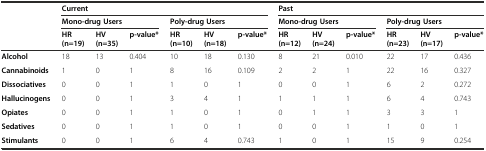
<table><thead><tr><td></td><td colspan="6"><b>Current</b></td><td colspan="6"><b>Past</b></td></tr><tr><td></td><td colspan="3"><b>Mono-drug Users</b></td><td colspan="3"><b>Poly-drug Users</b></td><td colspan="3"><b>Mono-drug Users</b></td><td colspan="3"><b>Poly-drug Users</b></td></tr><tr><td></td><td><b>HR (n=19)</b></td><td><b>HV (n=35)</b></td><td><b>p-value*</b></td><td><b>HR (n=10)</b></td><td><b>HV (n=18)</b></td><td><b>p-value*</b></td><td><b>HR (n=12)</b></td><td><b>HV (n=24)</b></td><td><b>p-value*</b></td><td><b>HR (n=23)</b></td><td><b>HV (n=17)</b></td><td><b>p-value*</b></td></tr></thead><tbody><tr><td><b>Alcohol</b></td><td>18</td><td>13</td><td>0.404</td><td>10</td><td>18</td><td>0.130</td><td>8</td><td>21</td><td>0.010</td><td>22</td><td>17</td><td>0.436</td></tr><tr><td><b>Cannabinoids</b></td><td>1</td><td>0</td><td>1</td><td>8</td><td>16</td><td>0.109</td><td>2</td><td>2</td><td>1</td><td>22</td><td>16</td><td>0.327</td></tr><tr><td><b>Dissociatives</b></td><td>0</td><td>0</td><td>1</td><td>1</td><td>0</td><td>1</td><td>0</td><td>0</td><td>1</td><td>6</td><td>2</td><td>0.272</td></tr><tr><td><b>Hallucinogens</b></td><td>0</td><td>0</td><td>1</td><td>3</td><td>4</td><td>1</td><td>1</td><td>1</td><td>1</td><td>6</td><td>4</td><td>0.743</td></tr><tr><td><b>Opiates</b></td><td>0</td><td>0</td><td>1</td><td>1</td><td>0</td><td>1</td><td>0</td><td>1</td><td>1</td><td>3</td><td>3</td><td>1</td></tr><tr><td><b>Sedatives</b></td><td>0</td><td>0</td><td>1</td><td>1</td><td>0</td><td>1</td><td>0</td><td>0</td><td>1</td><td>1</td><td>0</td><td>1</td></tr><tr><td><b>Stimulants</b></td><td>0</td><td>0</td><td>1</td><td>6</td><td>4</td><td>0.743</td><td>1</td><td>0</td><td>1</td><td>15</td><td>9</td><td>0.254</td></tr></tbody></table>